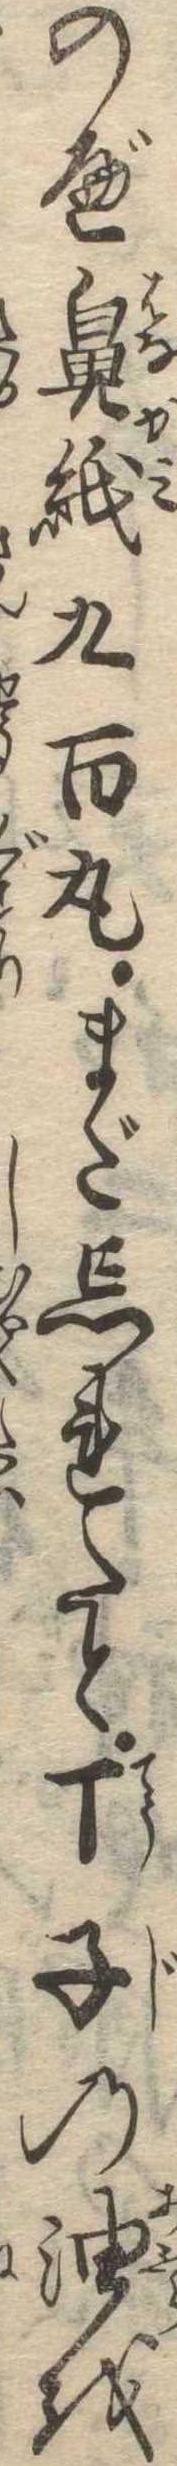
のべ鼻紙九百丸まだ忘れたと丁子の油を